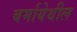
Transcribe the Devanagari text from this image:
बर्मायेथील